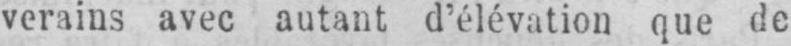
verains avec autant d’élévation que de